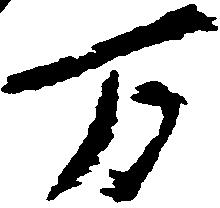
万